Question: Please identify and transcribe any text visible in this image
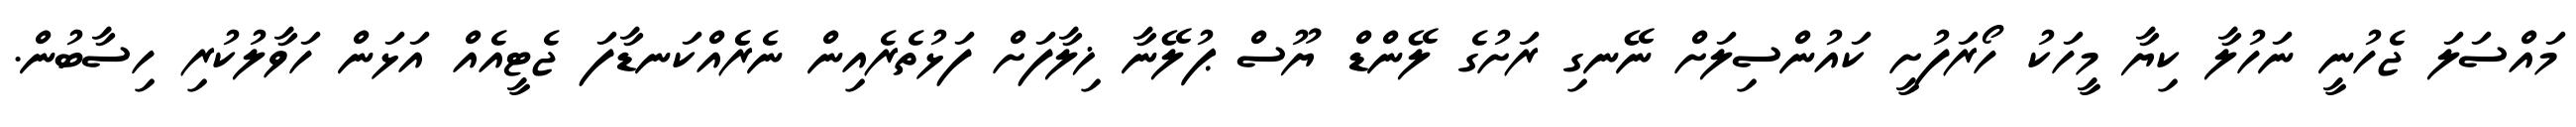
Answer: މައްސަލަ ޖެހުނީ ނަހުލާ ކިޔާ މީހަކު ހޯރަފުށީ ކައުންސިލަށް ނޭނގި ރަށުގެ ލޭންޑް ޔޫސް ޕުލޭނާ ޚިލާފަށް ފަޅުތެރެއިން ނެރެެއްކަނޑާފަ ޖެޓީއެއް އަޅަން ހަވާލުކުރި ހިސާބުން.